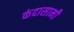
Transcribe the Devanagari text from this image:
कंदासामी